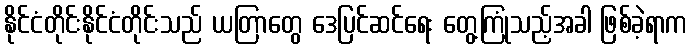
နိုင်ငံတိုင်းနိုင်ငံတိုင်းသည် ယတြာတွေ ဒေပြင်ဆင်ရေး တွေ့ကြုံသည့်အခါ ဖြစ်ခဲ့ရာက